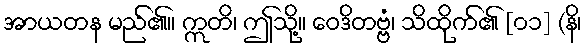
အာယတန မည်၏။ ဣတိ၊ ဤသို့။ ဝေဒိတဗ္ဗံ၊ သိထိုက်၏ [၀၁] (နိ၊